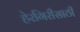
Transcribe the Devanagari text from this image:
हेरगिरीसाठी